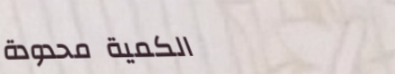
الكمية محدودة